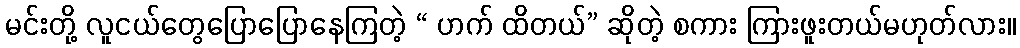
မင်းတို့ လူငယ်တွေပြောပြောနေကြတဲ့ “ ဟက် ထိတယ်” ဆိုတဲ့ စကား ကြားဖူးတယ်မဟုတ်လား။